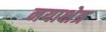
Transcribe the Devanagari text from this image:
नयाक्षेत्र